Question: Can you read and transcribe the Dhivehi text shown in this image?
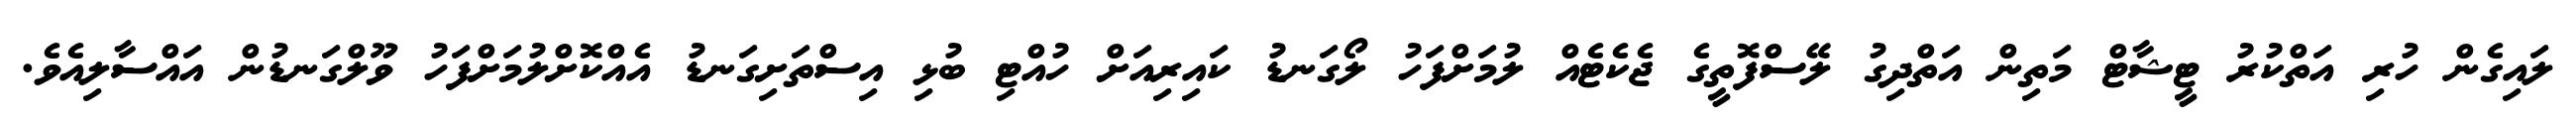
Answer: ލައިގެން ހުރި އަތްކުރު ޓީޝާޓް މަތިން އަތްދިގު ލޭސްފޮތީގެ ޖެކެޓެއް ލުމަށްފަހު ލޯގަނޑު ކައިރިއަށް ހުއްޓި ބުޅި އިސްތަށިގަނޑު އެއްކޮށްލުމަށްފަހު ވޫލްގަނޑުން އައްސާލިއެވެ.